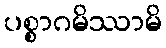
ပစ္စာဂမိဿာမိ